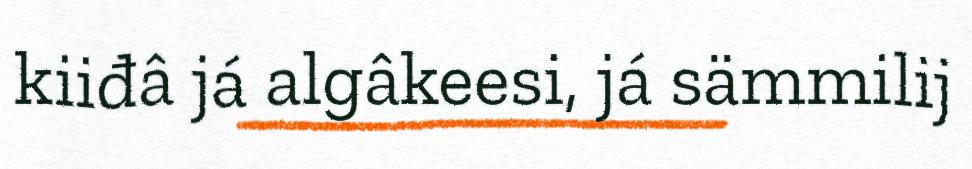
kiiđâ já algâkeesi, já sämmilij